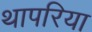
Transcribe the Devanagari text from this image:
थापरिया